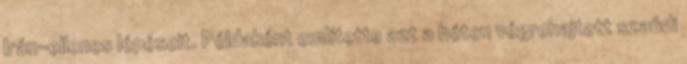
Irán-ellenes lépéseit. Példaként említette azt a héten végrehajtott szaúdi